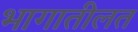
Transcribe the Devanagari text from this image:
भागातीलत